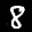
Label: 8